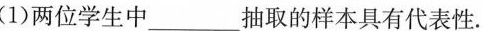
(1)两位学生中___抽取的样本具有代表性.